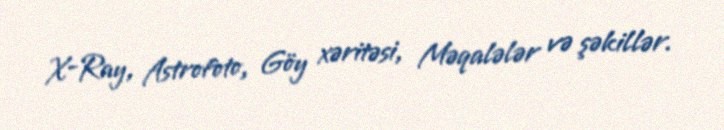
X-Ray, Astrofoto, Göy xəritəsi, Məqalələr və şəkillər.